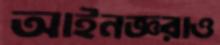
আইনজ্ঞরাও